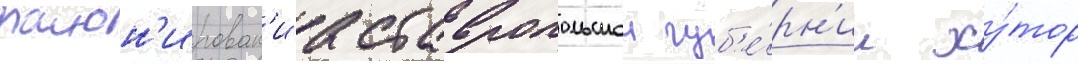
раион'ирован'иа ставропольскои губ'е́рн'ии ху́тор